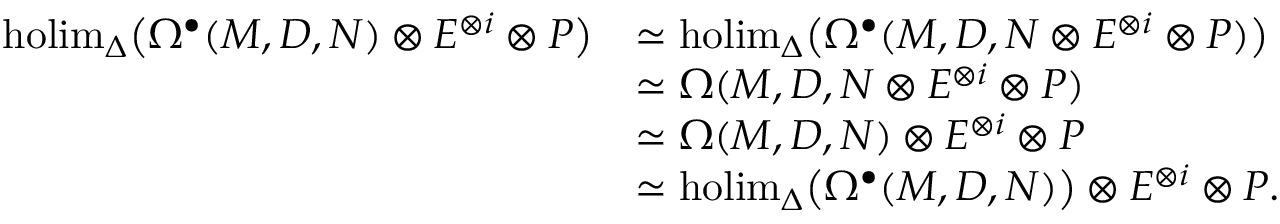
\begin{array} { r l } { \mathrm { h o l i m } _ { \Delta } \big ( \Omega ^ { \bullet } ( M , D , N ) \otimes E ^ { \otimes i } \otimes P \big ) } & { \simeq \mathrm { h o l i m } _ { \Delta } \big ( \Omega ^ { \bullet } ( M , D , N \otimes E ^ { \otimes i } \otimes P ) \big ) } \\ & { \simeq \Omega ( M , D , N \otimes E ^ { \otimes i } \otimes P ) } \\ & { \simeq \Omega ( M , D , N ) \otimes E ^ { \otimes i } \otimes P } \\ & { \simeq \mathrm { h o l i m } _ { \Delta } \big ( \Omega ^ { \bullet } ( M , D , N ) \big ) \otimes E ^ { \otimes i } \otimes P . } \end{array}